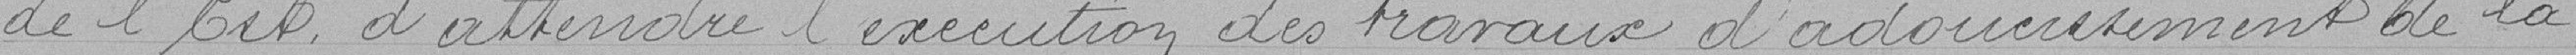
de l4est d'attendre l'éxécution des travaux d'adoucissement de la